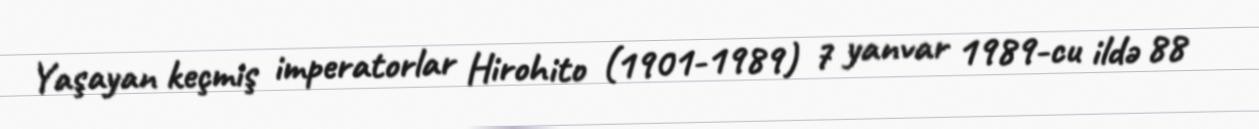
Yaşayan keçmiş imperatorlar Hirohito (1901-1989) 7 yanvar 1989-cu ildə 88